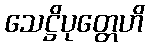
သေဋ္ဌိပုတ္တေဟိ